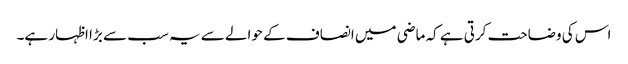
اس کی وضاحت کرتی ہے کہ ماضی میں انصاف کے حوالے سے یہ سب سے بڑا اظہار ہے۔